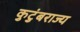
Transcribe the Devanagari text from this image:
कुटुंबराज्य